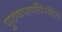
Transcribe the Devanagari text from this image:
पुरुषपात्रविरहित